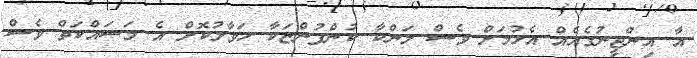
އާ އިންޖީނުގެއެއް އެޅުމަށް ވެސް ލަންކާ ކުންފުންޏަކާ ހަވާލުކޮށް އެ މަސައްކަތް ވެސް